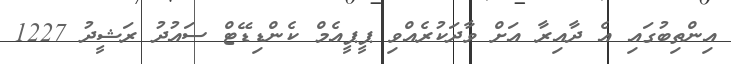
އިންތިބުގައި އެ ދާއިރާ އަށް ވާދަކުރެއްވި ޕީޕީއެމް ކެންޑިޑޭޓް ސައުދު ރަޝީދު 1227